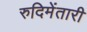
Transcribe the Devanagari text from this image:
रुदिमेंतारी